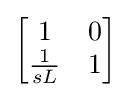
{\begin{bmatrix}1&0\\{1 \over sL}&1\end{bmatrix}}